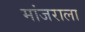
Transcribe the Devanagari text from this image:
मांजराला